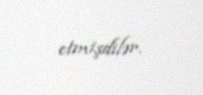
etmişdilər.